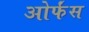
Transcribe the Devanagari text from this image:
ओर्फंस